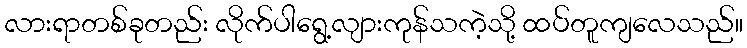
လားရာတစ်ခုတည်း လိုက်ပါရွေ့လျားကုန်သကဲ့သို့ ထပ်တူကျလေသည်။